Report on vaccination for the Province of Oudh 1873 -
Year: 1873
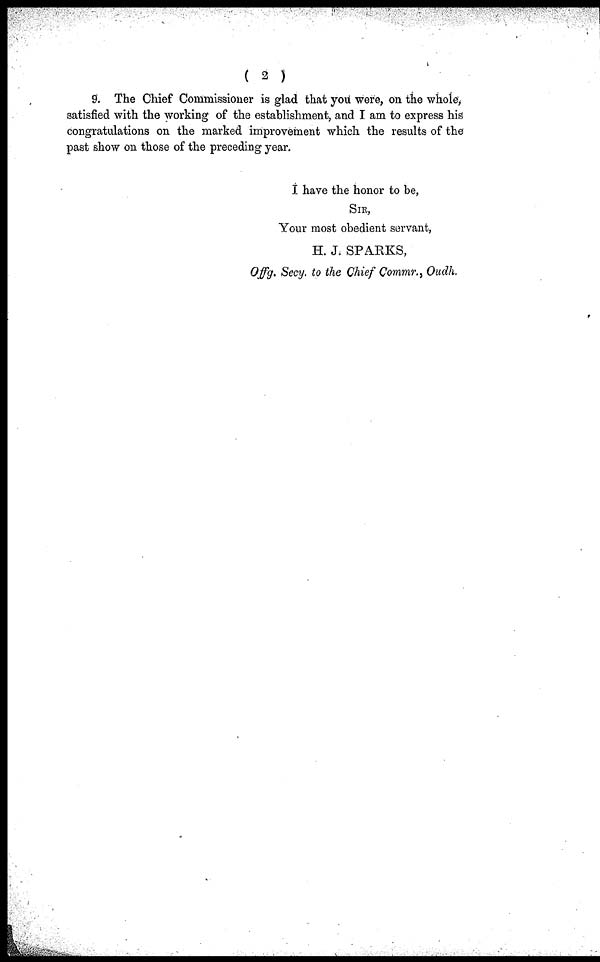
( 2 )
9. The Chief Commissioner is glad that you were, on the whole,
satisfied with the working of the establishment, and I am to express his
congratulations on the marked improvement which the results of the
past show on those of the preceding year.
I have the honor to be,
SIR,
Your most obedient servant,
H. J. SPARKS,
Offg. Secy. to the Chief Commr., Oudh.